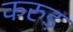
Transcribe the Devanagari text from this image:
करुड़